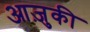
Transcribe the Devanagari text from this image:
आज़ुकी